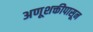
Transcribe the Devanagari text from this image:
अणूशक्तीपासून